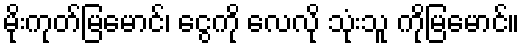
မိုးကုတ်မြမောင်၊ ငွေကို လေလို သုံးသူ ကိုမြမောင်။